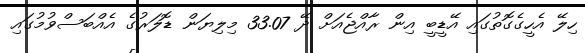
ހިލޭ އެހީގެގޮތުގައި އޭޑީބީ އިން ރާއްޖެއަށް ދޭ 33.07 މިލިޔަން ޑޮލަރުގެ އެއްބަސްވުމުގައި